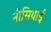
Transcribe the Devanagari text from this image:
नीसियाई